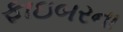
ફાઇબરના